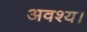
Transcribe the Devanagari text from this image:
अवश्य।